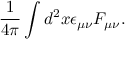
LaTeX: \frac { 1 } { 4 \pi } \int d ^ { 2 } x \epsilon _ { \mu \nu } F _ { \mu \nu } .